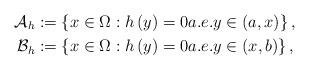
LaTeX: \begin{align*}\mathcal{A}_{h} & :=\left\{ x\in\Omega:h\left( y\right) =0\text{}a.e.y\in\left( a,x\right) \right\} ,\\\mathcal{B}_{h} & :=\left\{ x\in\Omega:h\left( y\right) =0\text{}a.e.y\in\left( x,b\right) \right\} ,\end{align*}